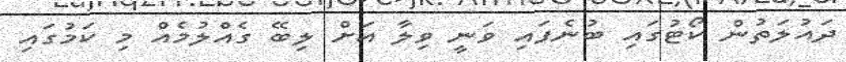
ދައުލަތުން ކޯޓުގައި ބުނެފައި ވަނީ ވިލާ އަށް ލިބޭ ގެއްލުމެއް މި ކަމުގައި